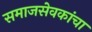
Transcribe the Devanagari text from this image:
समाजसेवकांचा